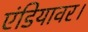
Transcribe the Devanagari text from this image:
एंडियावर।